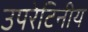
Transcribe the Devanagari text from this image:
उपरेटिनीय